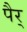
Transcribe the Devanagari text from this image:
पैर्